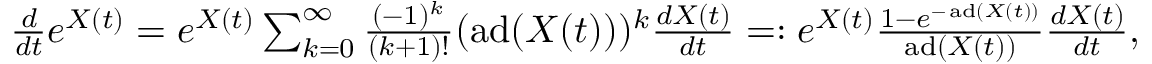
\begin{array} { r } { \frac { d } { d t } e ^ { X ( t ) } = e ^ { X ( t ) } \sum _ { k = 0 } ^ { \infty } \frac { ( - 1 ) ^ { k } } { ( k + 1 ) ! } ( \operatorname { a d } ( X ( t ) ) ) ^ { k } \frac { d X ( t ) } { d t } = : e ^ { X ( t ) } \frac { 1 - e ^ { - \operatorname { a d } ( X ( t ) ) } } { \operatorname { a d } ( X ( t ) ) } \frac { d X ( t ) } { d t } , } \end{array}